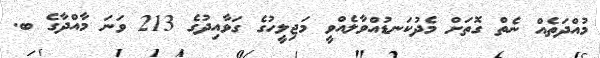
މުއްދަތެއް ނެތް ގޮތަށް މެދުކަނޑުއްވާލެއްވީ މަޖިލީހުގެ ގަވާއިދުގެ 213 ވަނަ މާއްދާގެ ބ.